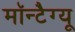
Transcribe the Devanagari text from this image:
मॉन्टैग्यू